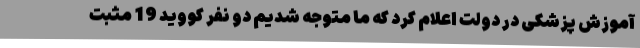
آموزش پزشکی در دولت اعلام کرد که ما متوجه شدیم دو نفر کووید 19 مثبت